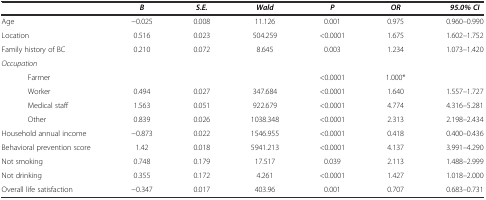
<table><thead><tr><td></td><td><b><i>B</i></b></td><td><b><i>S.E.</i></b></td><td><b><i>Wald</i></b></td><td><b><i>P</i></b></td><td><b><i>OR</i></b></td><td><b><i>95.0% CI</i></b></td></tr></thead><tbody><tr><td>Age</td><td>−0.025</td><td>0.008</td><td>11.126</td><td>0.001</td><td>0.975</td><td>0.960–0.990</td></tr><tr><td>Location</td><td>0.516</td><td>0.023</td><td>504.259</td><td>&lt;0.0001</td><td>1.675</td><td>1.602–1.752</td></tr><tr><td>Family history of BC</td><td>0.210</td><td>0.072</td><td>8.645</td><td>0.003</td><td>1.234</td><td>1.073–1.420</td></tr><tr><td><i>Occupation</i></td><td></td><td></td><td></td><td></td><td></td><td></td></tr><tr><td>Farmer</td><td></td><td></td><td></td><td>&lt;0.0001</td><td>1.000*</td><td></td></tr><tr><td>Worker</td><td>0.494</td><td>0.027</td><td>347.684</td><td>&lt;0.0001</td><td>1.640</td><td>1.557–1.727</td></tr><tr><td>Medical staff</td><td>1.563</td><td>0.051</td><td>922.679</td><td>&lt;0.0001</td><td>4.774</td><td>4.316–5.281</td></tr><tr><td>Other</td><td>0.839</td><td>0.026</td><td>1038.348</td><td>&lt;0.0001</td><td>2.313</td><td>2.198–2.434</td></tr><tr><td>Household annual income</td><td>−0.873</td><td>0.022</td><td>1546.955</td><td>&lt;0.0001</td><td>0.418</td><td>0.400–0.436</td></tr><tr><td>Behavioral prevention score</td><td>1.42</td><td>0.018</td><td>5941.213</td><td>&lt;0.0001</td><td>4.137</td><td>3.991–4.290</td></tr><tr><td>Not smoking</td><td>0.748</td><td>0.179</td><td>17.517</td><td>0.039</td><td>2.113</td><td>1.488–2.999</td></tr><tr><td>Not drinking</td><td>0.355</td><td>0.172</td><td>4.261</td><td>&lt;0.0001</td><td>1.427</td><td>1.018–2.000</td></tr><tr><td>Overall life satisfaction</td><td>−0.347</td><td>0.017</td><td>403.96</td><td>0.001</td><td>0.707</td><td>0.683–0.731</td></tr></tbody></table>